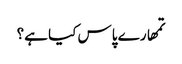
تمھارے پاس کیا ہے؟